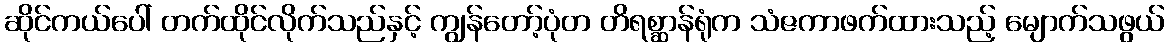
ဆိုင်ကယ်ပေါ် တက်ထိုင်လိုက်သည်နှင့် ကျွန်တော့်ပုံတ တိရစ္ဆာန်ရုံက သံဇကာဖက်ထားသည့် မျောက်သဖွယ်